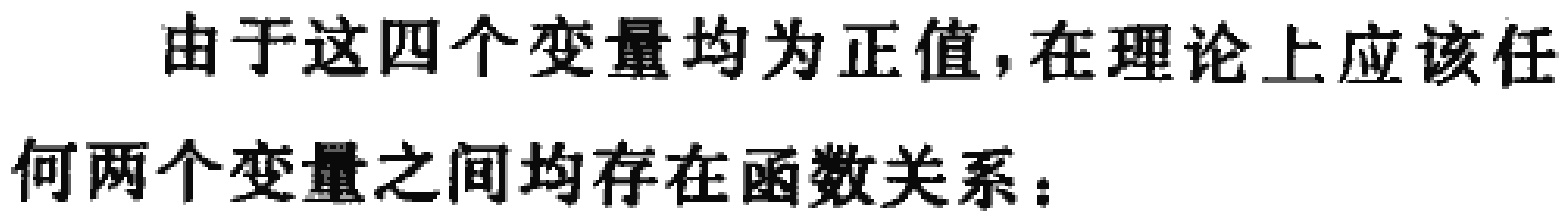
由于这四个变量均为正值，在理论上应该任何两个变量之间均存在函数关系：